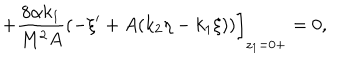
+ \frac { 8 \alpha k _ { 1 } } { M ^ { 2 } A } ( - \xi ^ { \prime } + A ( k _ { 2 } \eta - k _ { 1 } \xi ) ) \bigg ] _ { z _ { 1 } = 0 + } = 0 ,